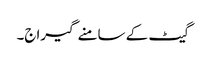
گیٹ کے سامنے گیراج۔